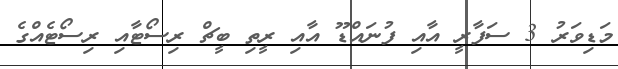
މަޑިވަރު 3 ސަފާރީ އާއި ފުނައްޑޫ އާއި ރީތި ބީޗް ރިސޯޓާއި ރިސޯޓެއްގެ